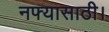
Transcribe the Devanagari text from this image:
नफ्यासाठी।